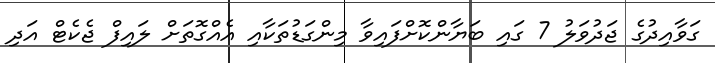
ގަވާއިދުގެ ޖަދުވަލު 7 ގައި ބަޔާންކޮށްފައިވާ މިންގަޑުތަކާއި އެއްގޮތަށް ލައިފް ޖެކެޓް އަދި